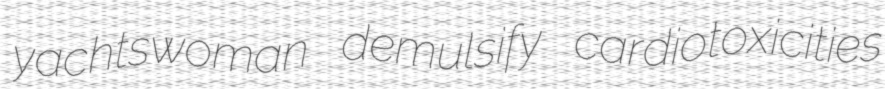
yachtswoman demulsify cardiotoxicities